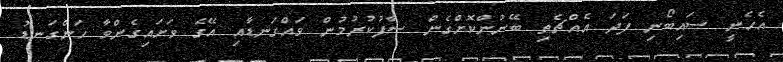
އެހެނީ ސައިބޯނި ފަދަ އެއްޗެތި ބޭނުންކޮށްގެން ސާފުކުރުމުން ވައްގަނޑާއި އޭގެ ވަށައިގެންވާ ހަންގަނޑު